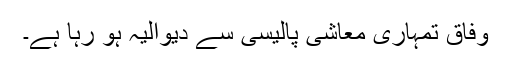
وفاق تمہاری معاشی پالیسی سے دیوالیہ ہو رہا ہے۔